Report on lock hospitals in British Burma
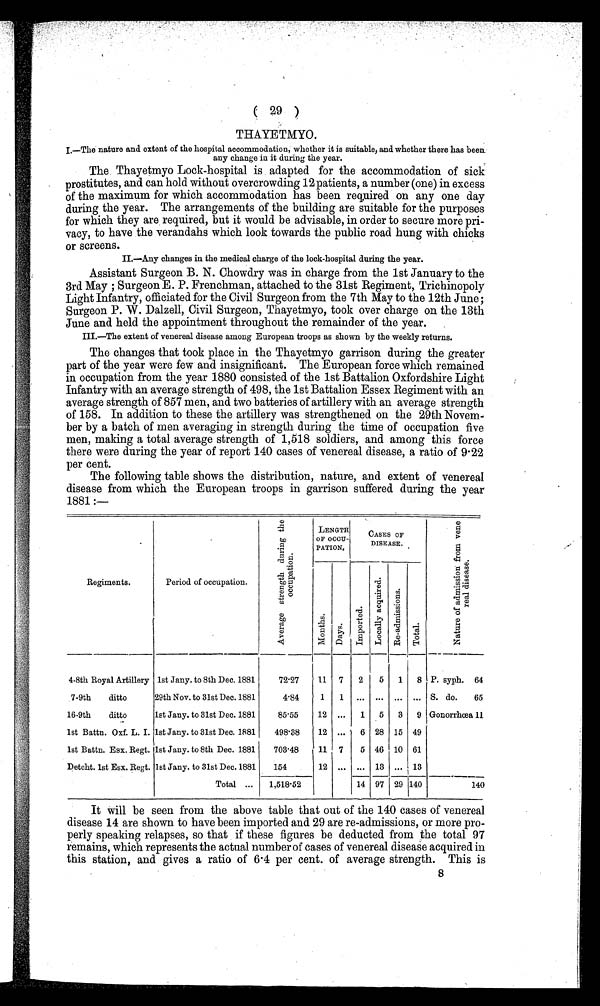
( 29 )
THAYETMYO.
I.—The nature and extent of the hospital accommodation, whether it is suitable, and whether there has been
any change in it during the year.
The. Thayetmyo Lock-hospital is adapted for the accommodation of sick
prostitutes, and can hold without overcrowding 12 patients, a number (one) in excess
of the maximum for which accommodation has been required on any one day
during the year. The arrangements of the building are suitable for the purposes
for which they are required, but it would be advisable, in order to secure more pri-
vacy, to have the verandahs which look to wards the public road hung with chicks
or screens.
II.—Any changes in the medical charge of the lock-hospital during the year.
Assistant Surgeon B. N. Chowdry was in charge from the 1st January to the
3rd May ; Surgeon E. P. Frenchman, attached to the 31st Regiment, Trichinopoly
Light Infantry, officiated for the Civil Surgeon from the 7th May to the 12th June;
Surgeon P. W. Dalzell, Civil Surgeon, Thayetmyo, took over charge on the 13th
June and held the appointment throughout the remainder of the year.
III.—The extent of venereal disease among European troops as shown by the weekly returns.
The changes that took place in the Thayetmyo garrison during the greater
part of the year were few and insignificant. The European force which remained
in occupation from the year 1880 consisted of the 1st Battalion Oxfordshire Light
Infantry with an average strength of 498, the 1st Battalion Essex Regiment with an
average strength of 857 men, and two batteries of artillery with an average strength
of 158. In addition to these the artillery was strengthened on the 29th Novem-
ber by a batch of men averaging in strength during the time of occupation five
men, making a total average strength of 1,518 soldiers, and among this force
there were during the year of report 140 cases of venereal disease, a ratio of 9.22
per cent.
The following table shows the distribution, nature, and extent of venereal
disease from which the European troops in garrison suffered during the year
1881:—
A v e r a g e s t r e n g t h d u r i n g t h e o c c u p a t i o n .
LENGTH
OF OCCU-
PATION.
CASES OF
DISEASE.
N a t u r e o f a d m i s s i o n f r o m v e n e r e a l d i s e a s e .
Regiments.
Period of occupation.
Mont hs.
4
D a y s .
I m p o r t e d .
L o c a l l y a c q u i r e d .
R e - a d m i s s i o n s .
T o t a l .
4-8th Royal Artillery 1st Jany. to 8th Dec. 1881
72.27
11 7
2
5
1
8 P. syph. 64
7-9th
ditto
29th Nov. to 31st Dec. 1881
4.84
1
1
. . . ... ... ... S. do.
65
16-9th
ditto
1st Jany. to 31st Dec. 1881
85.55
12 ...
1
5
3
9 Gonorrhœa 11
1st Battn. Oxf. L. I. 1st Jany. to 31st Dec. 1881
498.38
12 ...
6 28 15 49
1st Battn. Esx. Regt. 1st Jany. to 8th Dec. 1881
703-48
11 7
5 46 10 61
Detcht. 1st Esx. Regt. 1st Jany. to 31st Dec. 1881
154
12 ... ... 13 ... 13
Total ...
1,518.52
14 97 29 1140
---
140
It will be seen from the above table that out of the 140 cases of venereal
disease 14 are shown to have been imported and 29 are re-admissions, or more pro-
perly speaking relapses, so that if these figures be deducted from the total 97
remains, which represents the actual number of cases of venereal disease acquired in
this station, and gives a ratio of 6.4 per cent. of average strength. This is
8